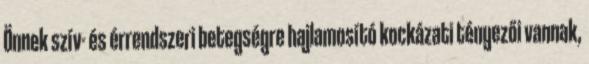
Önnek szív- és érrendszeri betegségre hajlamosító kockázati tényezői vannak,